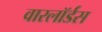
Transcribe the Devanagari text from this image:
वारलॉर्डस